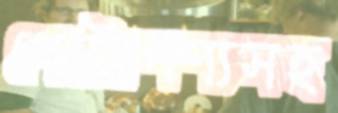
পেট্রোপণ্যসহ